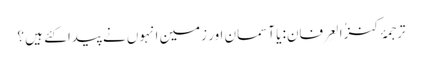
ترجمۂ کنزُالعِرفان: یا آسمان اور زمین انہوں نے پیدا کئے ہیں ؟